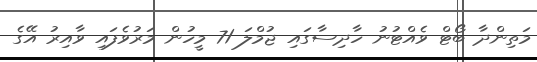
މަތިންދާ ބޯޓް ވެއްޓުނު ހާދިސާގައި ޖުމްލަ 71 މީހުން މަރުވެފައި ވާއިރު އޭގެ